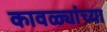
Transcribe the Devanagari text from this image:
कावळ्यांच्या